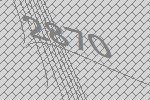
2870